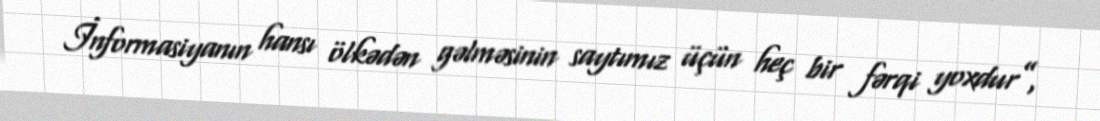
İnformasiyanın hansı ölkədən gəlməsinin saytımız üçün heç bir fərqi yoxdur”,